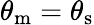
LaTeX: \theta_{\mathrm{{m}}}=\theta_{\mathrm{{s}}}